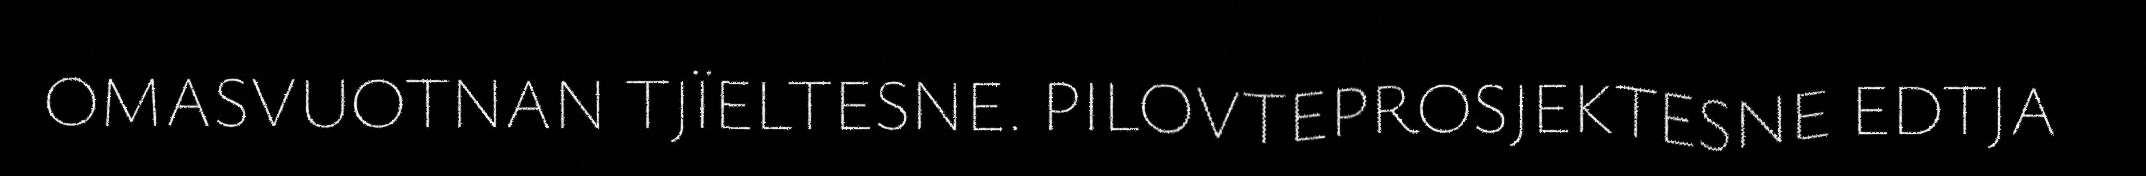
OMASVUOTNAN TJÏELTESNE. PILOVTEPROSJEKTESNE EDTJA